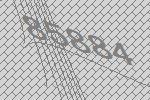
85884